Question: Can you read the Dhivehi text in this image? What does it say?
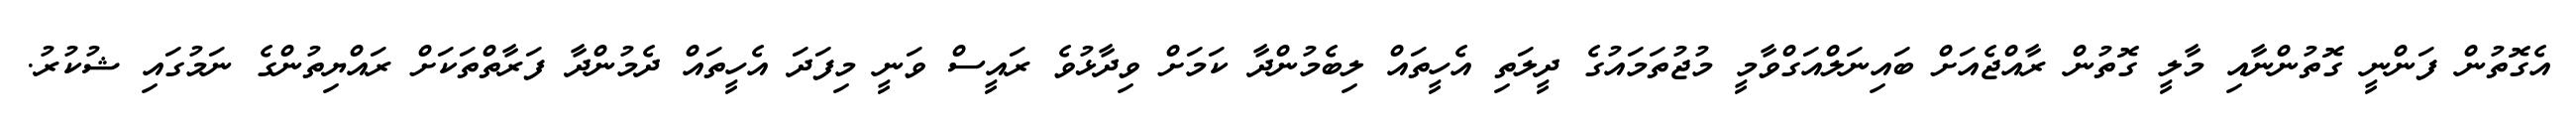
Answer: އެގޮތުން ފަންނީ ގޮތުންނާއި މާލީ ގޮތުން ރާއްޖެއަށް ބައިނަލްއަގްވާމީ މުޖުތަމައުގެ ދީލަތި އެހީތައް ލިބެމުންދާ ކަމަށް ވިދާޅުވެ ރައީސް ވަނީ މިފަދަ އެހީތައް ދެމުންދާ ފަރާތްތަކަށް ރައްޔިތުންގެ ނަމުގައި ޝުކުރު.